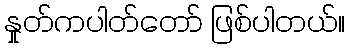
နှုတ်ကပါတ်တော် ဖြစ်ပါတယ်။